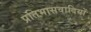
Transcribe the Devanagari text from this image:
प्रतिभासवादियों